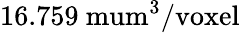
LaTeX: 16.759\mathrm{\ mum^{3}/voxel}